Report of the King Institute of Preventive Medicine, Guindy
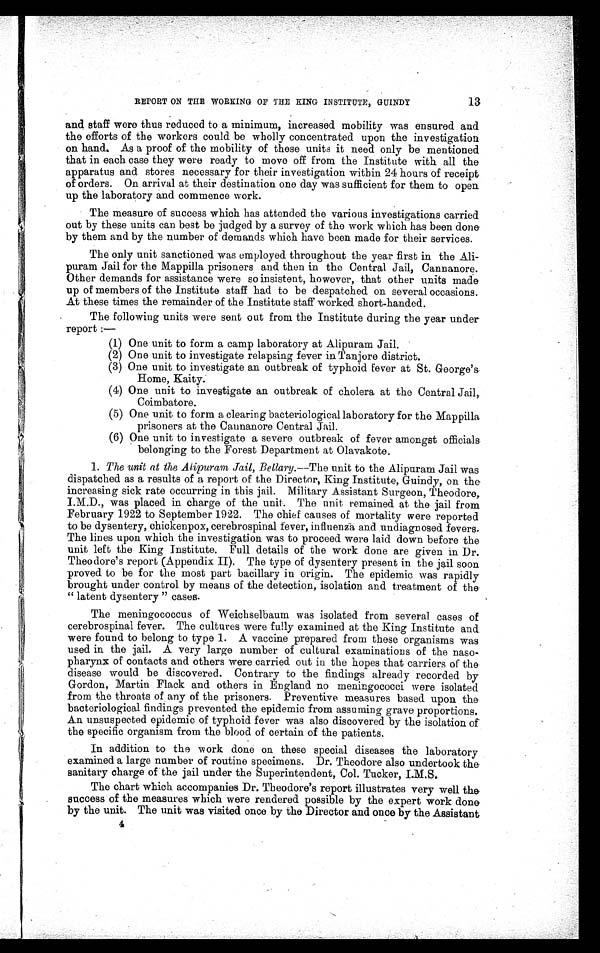
13
REPORT ON THE WORKING OF THE KING INSTITUTE, GUINDY
and staff were thus reduced to a minimum, increased mobility was ensured and
the efforts of the workers could be wholly concentrated upon the investigation
on hand. As a proof of the mobility of these units it need only be mentioned
that in each case they were ready to move off from the Institute with all the
apparatus and stores necessary for their investigation within 24 hours of receipt
of orders. On arrival at their destination one day was sufficient for them to open
up the laboratory and commence work.
The measure of success which has attended the various investigations carried
out by these units can best be judged by a survey of the work which has been done
by them and by the number of demands which have been made for their services.
The only unit sanctioned was employed throughout the year first in the Ali
- p u r a m J a i l f o r t h e M a p p i l l a p r i s o n e r s a n d t h e n i n t h e C e n t r a l J a i l , C a n n a n o r e .
Other demands for assistance were so insistent, however, that other units made
up of members of the Institute staff had to be despatched on several occasions.
At these times the remainder of the Institute staff worked short-handed.
The following units were sent out from the Institute during the year under
report:—
(1) One unit to form a camp laboratory at Alipuram Jail.
(2) One unit to investigate relapsing fever in Tanjore district.
(3) One unit to investigate an outbreak of typhoid fever at St. George's
Home, Kaity.
(4) One unit to investigate an outbreak of cholera at the Central Jail,
Coimbatore.
(5) One unit to form a clearing bacteriological laboratory for the Mappilla
prisoners at the Cannanore Central Jail.
(6) One unit to investigate a severe outbreak of fever amongst officials
belonging to the Forest Department at Olavakote.
1. The unit at the Alipuram Jail, Bellary .—The unit to the Alipuram Jail was
dispatched as a results of a report of the Director, King Institute, Guindy, on the
increasing sick rate occurring in this jail. Military Assistant Surgeon, Theodore,
I.M.D., was placed in charge of the unit. The unit remained at the jail from
February 1922 to September 1922. The chief causes of mortality were reported
to be dysentery, chickenpox, cerebrospinal fever, influenza and undiagnosed fevers.
The lines upon which the investigation was to proceed were laid down before the
unit, left the King Institute. Full details of the work done are given in Dr.
Theodore's report (Appendix II). The type of dysentery present in the jail soon
proved to be for the most part bacillary in origin. The epidemic was rapidly
brought under control by means of the detection, isolation and treatment of the
"latent dysentery" cases
.
The meningococcus of Weichselbaum was isolated from several cases of
cerebrospinal fever. The cultures were fully examined at the King Institute and
were found to belong to type 1. A vaccine prepared from these organisms was
used in the jail. A very large number of cultural examinations of the naso
- p h a r y n x o f c o n t a c t s a n d o t h e r s w e r e c a r r i e d o u t i n t h e h o p e s t h a t c a r r i e r s o f t h e
disease would be discovered. Contrary to the findings already recorded by
Gordon, Martin Flack and others in England no meningococci were isolated
from the throats of any of the prisoners. Preventive measures based upon the
bacteriological findings prevented the epidemic from assuming grave proportions.
An unsuspected epidemic of typhoid fever was also discovered by the isolation of
the specific organism from the blood of certain of the patients.
In addition to the work done on these special diseases the laboratory
examined a large number of routine specimens. Dr. Theodore also undertook the
- s a n i t a r y c h a r g e o f t h e j a i l u n d e r t h e S u p e r i n t e n d e n t , C o l . T u c k e r , I . M . S .
The chart which accompanies Dr. Theodore's report illustrates very well the
success of the measures which were rendered possible by the expert work done
by the unit. The unit was visited once by the Director and once by the Assistant
4